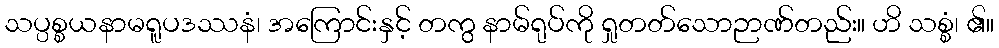
သပ္ပစ္စယနာမရူပဒဿနံ၊ အကြောင်းနှင့် တကွ နာမ်ရုပ်ကို ရှုတတ်သောဉာဏ်တည်း။ ဟိ သစ္စံ၊ ၏။